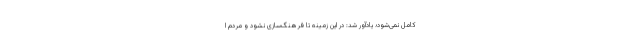
کامل نمی‌شود؛ یادآور شد: در این زمینه تا فرهنگ‌سازی نشود و مردم ا